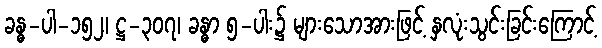
ခန္ဓ-ပါ-၁၅၂၊ ဋ္ဌ-၃၀၇၊ ခန္ဓာ ၅-ပါး၌ များသောအားဖြင့် နှလုံးသွင်းခြင်းကြောင့်